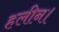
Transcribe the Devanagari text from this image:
हलीन।